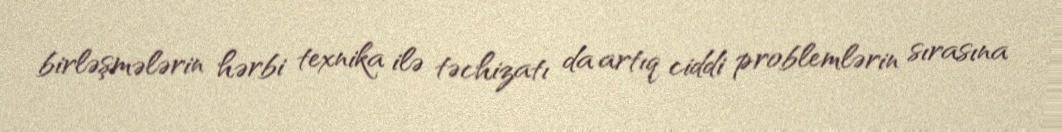
birləşmələrin hərbi texnika ilə təchizatı da artıq ciddi problemlərin sırasına